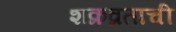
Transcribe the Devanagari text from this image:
शक्रव्रताची